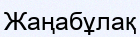
Жаңабұлақ